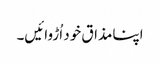
اپنامذاق خود اُڑوائیں۔